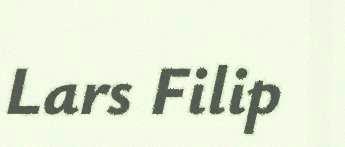
Lars Filip